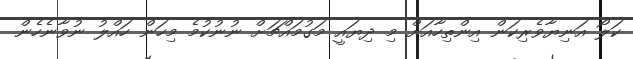
ކަލޯ އަނިޔާވެރިކަން އިންތިހާއަށް މި ދިޔައީ މަގުމައްޗަށް ނުނުކުމެ މިހަން ހައްލު ނުވާނެހެން